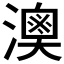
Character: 𤀈